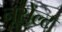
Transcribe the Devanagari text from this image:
नूसेल्ट